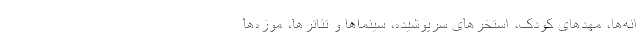
انه‌ها، مهدهای کودک، استخرهای سرپوشیده، سینماها و تئاترها، موزه‌ها